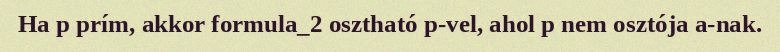
Ha p prím, akkor formula_2 osztható p-vel, ahol p nem osztója a-nak.